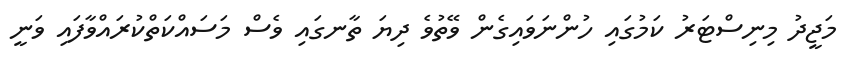
މަޖީދު މިނިސްޓަރު ކަމުގައި ހުންނަވައިގެން ވޭތުވެ ދިޔަ ތާނގައި ވެސް މަސައްކަތްކުރައްވާފައި ވަނީ